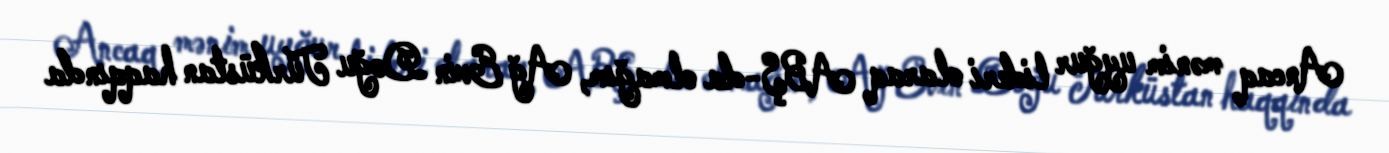
Ancaq mənim uyğur lideri olaraq ABŞ-da olmağım, Ağ Evin Doğu Türküstan haqqında